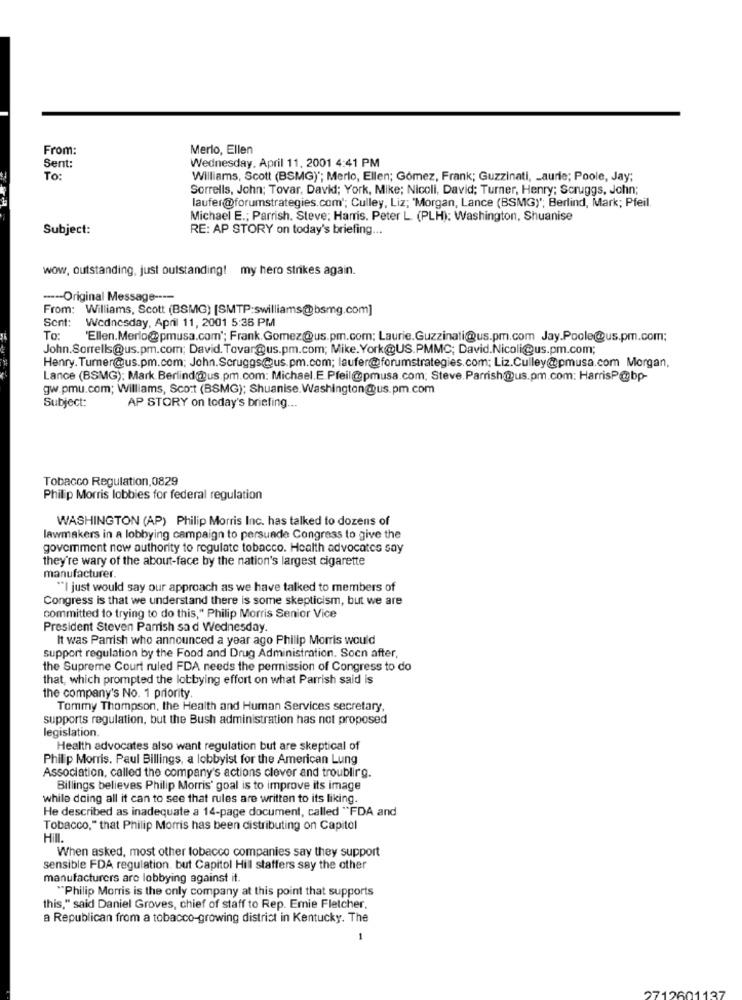
From:
Merlo, Ellen
Wednesday, April 11. 2001 4:41 PM
Sent:
To:
Williams, Scott (BSMG) *; Merlo, Ellen; Gómez, Frank; Guzzinati, Laurie; Poole, Jay;
Sorrells, John; Tovar, David; York, Mike; Nicoli, David; Turner, Henry; Scruggs, John;
laufer@forumstrategies.com'; Culley, Liz; 'Morgan, Lance (BSMG""; Berlind, Mark; Pfeil.
Michael E .; Parrish. Steve; Harris. Peter L. (PLH): Washington, Shuanise
Subject:
RE: AP STORY on today's briefing ...
wow, outstanding, just outstanding! my hero strikes again.
----- Original Message ----
From: Williams, Scott (BSMG) [SMTP:swilliams@bsmg.com]
Sent:
Wednesday, April 11, 2001 5:35 PM
To:
'Ellen.Merlo@pmusa.com"; Frank.Gomez@us.pm.com; Laurie.Guzzinati@us.pm.com Jay.Poole@us.pm.com;
John.Sorrells@us.pm.com; David. Tovar@us.pm.com; Mike. York@US.PMMC; David.Nicoli@us.pm.com;
Henry. Turner@us.pm.com; John.Scruggs@us.pm.com; laufer@forumstrategies.com; Liz.Culley@pmusa.com Morgan,
Lance (BSMG): Mark Berlind@us.pm.com: Michael.E.Pfeil@pmusa.com; Steve.Parrish@us.pm.com: HarrisP@bp-
gw.pmu.com; Williams, Scott (BSMG); Shuanise.Washington@us.pm.com
Subject:
AP STORY on today's briefing ...
Tobacco Regulation, 0829
Philip Morris lobbies for federal regulation
WASHINGTON (AP) Philip Morris Inc. has talked to dozens of
lawmakers in a lobbying campaign to persuade Congress to give the
govemment now authority to regulate tobacco. Health advocates say
they're wary of the about-face by the nation's largest cigarette
manufacturer.
"I just would say our approach as we have talked to members of
Congress is that we understand there is some skepticism, but we are
committed to trying to do this," Philip Morris Senior Vice
President Steven Parrish sad Wednesday
It was Parrish who announced a year ago Philip Morris would
support regulation by the Food and Drug Administration. Socn after,
the Supreme Court ruled FDA needs the permission of Congress to do
that, which prompted the lobbying effort on what Parrish said is
the company's No. 1 priority.
Tommy Thompson, the Health and Human Services secretary,
supports regulation, but the Bush administration has not proposed
legislation.
Health advocates also want regulation but are skeptical of
Philip Morris. Paul Billings, a lobbyist for the American Lung
Association, called the company's actions clever and troublirg.
Billings believes Philip Morris' goal is to improve its image
while doing all it can to see that rules are written to its liking.
He described as inadequate a 14-page document, called "FDA and
Tobacco," that Philip Morris has been distributing on Capitol
Hill.
When asked, most other tobacco companies say they support
sensible FDA regulation. but Capitol Hill staffers say the other
manufacturers are lobbying against it.
"Philip Morris is the only company at this point that supports
this," said Daniel Groves, chief of staff to Rep. Emie Fletcher,
a Republican from a tobacco-growing district in Kentucky. The
2712601137